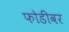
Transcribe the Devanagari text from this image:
फोडींवर